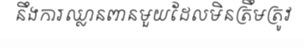
នឹងការឈ្លានពានមួយដែលមិនត្រឹមត្រូវ